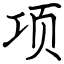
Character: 项